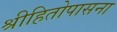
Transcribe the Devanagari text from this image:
श्रीहितोपासना